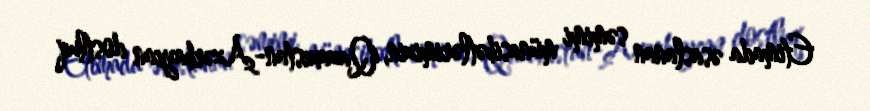
Etimada əsaslanan səmimi münasibətlərimizin, Qazaxıstan-Azərbaycan dostluq